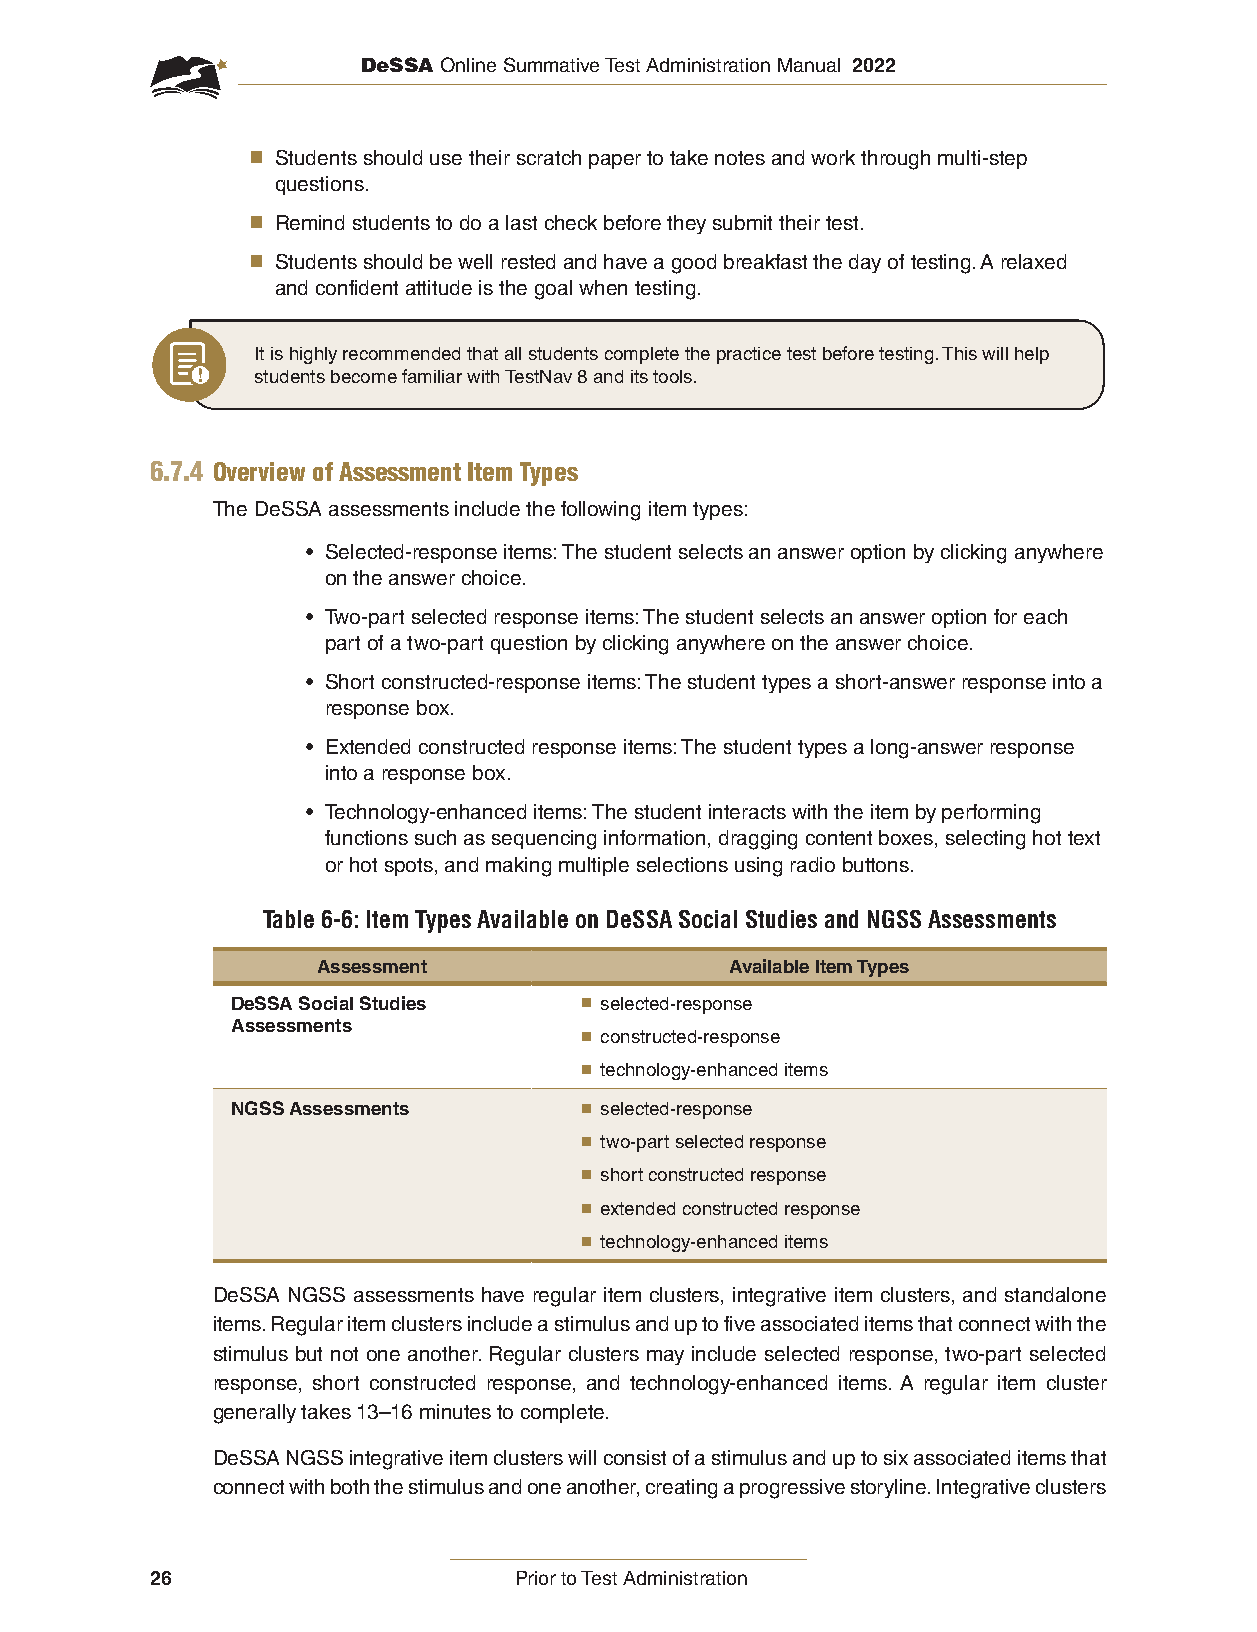
DeSSA Online Summative Test Administration Manual 2022
 ■ Students should use their scratch paper to take notes and work through multi-step
 questions.
 ■ Remind students to do a last check before they submit their test.
 ■ Students should be well rested and have a good breakfast the day of testing. A relaxed
 and confident attitude is the goal when testing.
 It is highly recommended that all students complete the practice test before testing. This will help
 students become familiar with TestNav 8 and its tools.
 6.7.4 Overview of Assessment Item Types
 The DeSSA assessments include the following item types:
 • Selected-response items: The student selects an answer option by clicking anywhere
 on the answer choice.
 • Two-part selected response items: The student selects an answer option for each
 part of a two-part question by clicking anywhere on the answer choice.
 • Short constructed-response items: The student types a short-answer response into a
 response box.
 • Extended constructed response items: The student types a long-answer response
 into a response box.
 • Technology-enhanced items: The student interacts with the item by performing
 functions such as sequencing information, dragging content boxes, selecting hot text
 or hot spots, and making multiple selections using radio buttons.
 Table 6-6: Item Types Available on DeSSA Social Studies and NGSS Assessments
 Assessment                 Available Item Types
 DeSSA Social Studies   ■ selected-response
 Assessments
 ■ constructed-response
 ■ technology-enhanced items
 NGSS Assessments       ■ selected-response
 ■ two-part selected response
 ■ short constructed response
 ■ extended constructed response
 ■ technology-enhanced items
 DeSSA NGSS assessments have regular item clusters, integrative item clusters, and standalone
 items. Regular item clusters include a stimulus and up to five associated items that connect with the
 stimulus but not one another. Regular clusters may include selected response, two-part selected
 response, short constructed response, and technology-enhanced items. A regular item cluster
 generally takes 13–16 minutes to complete.
 DeSSA NGSS integrative item clusters will consist of a stimulus and up to six associated items that
 connect with both the stimulus and one another, creating a progressive storyline. Integrative clusters
 26                      Prior to Test Administration